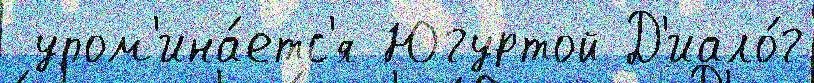
 упом'ина́етс'я Югуртой Д'иало́г